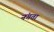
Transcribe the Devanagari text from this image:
नंगता